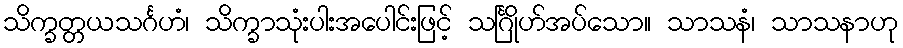
သိက္ခတ္တယသင်္ဂဟံ၊ သိက္ခာသုံးပါးအပေါင်းဖြင့် သင်္ဂြိုဟ်အပ်သော။ သာသနံ၊ သာသနာဟု